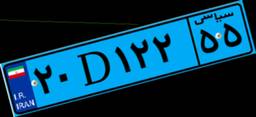
۲۰D۱۲۲۵۵